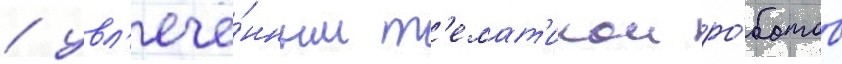
/ увл'ечё́нным т'емат'икои ро́ботов